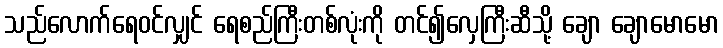
သည်လောက်ရေဝင်လျှင် ရေစည်ကြီးတစ်လုံးကို တင်၍လှေကြီးဆီသို့ ချော ချောမောမော